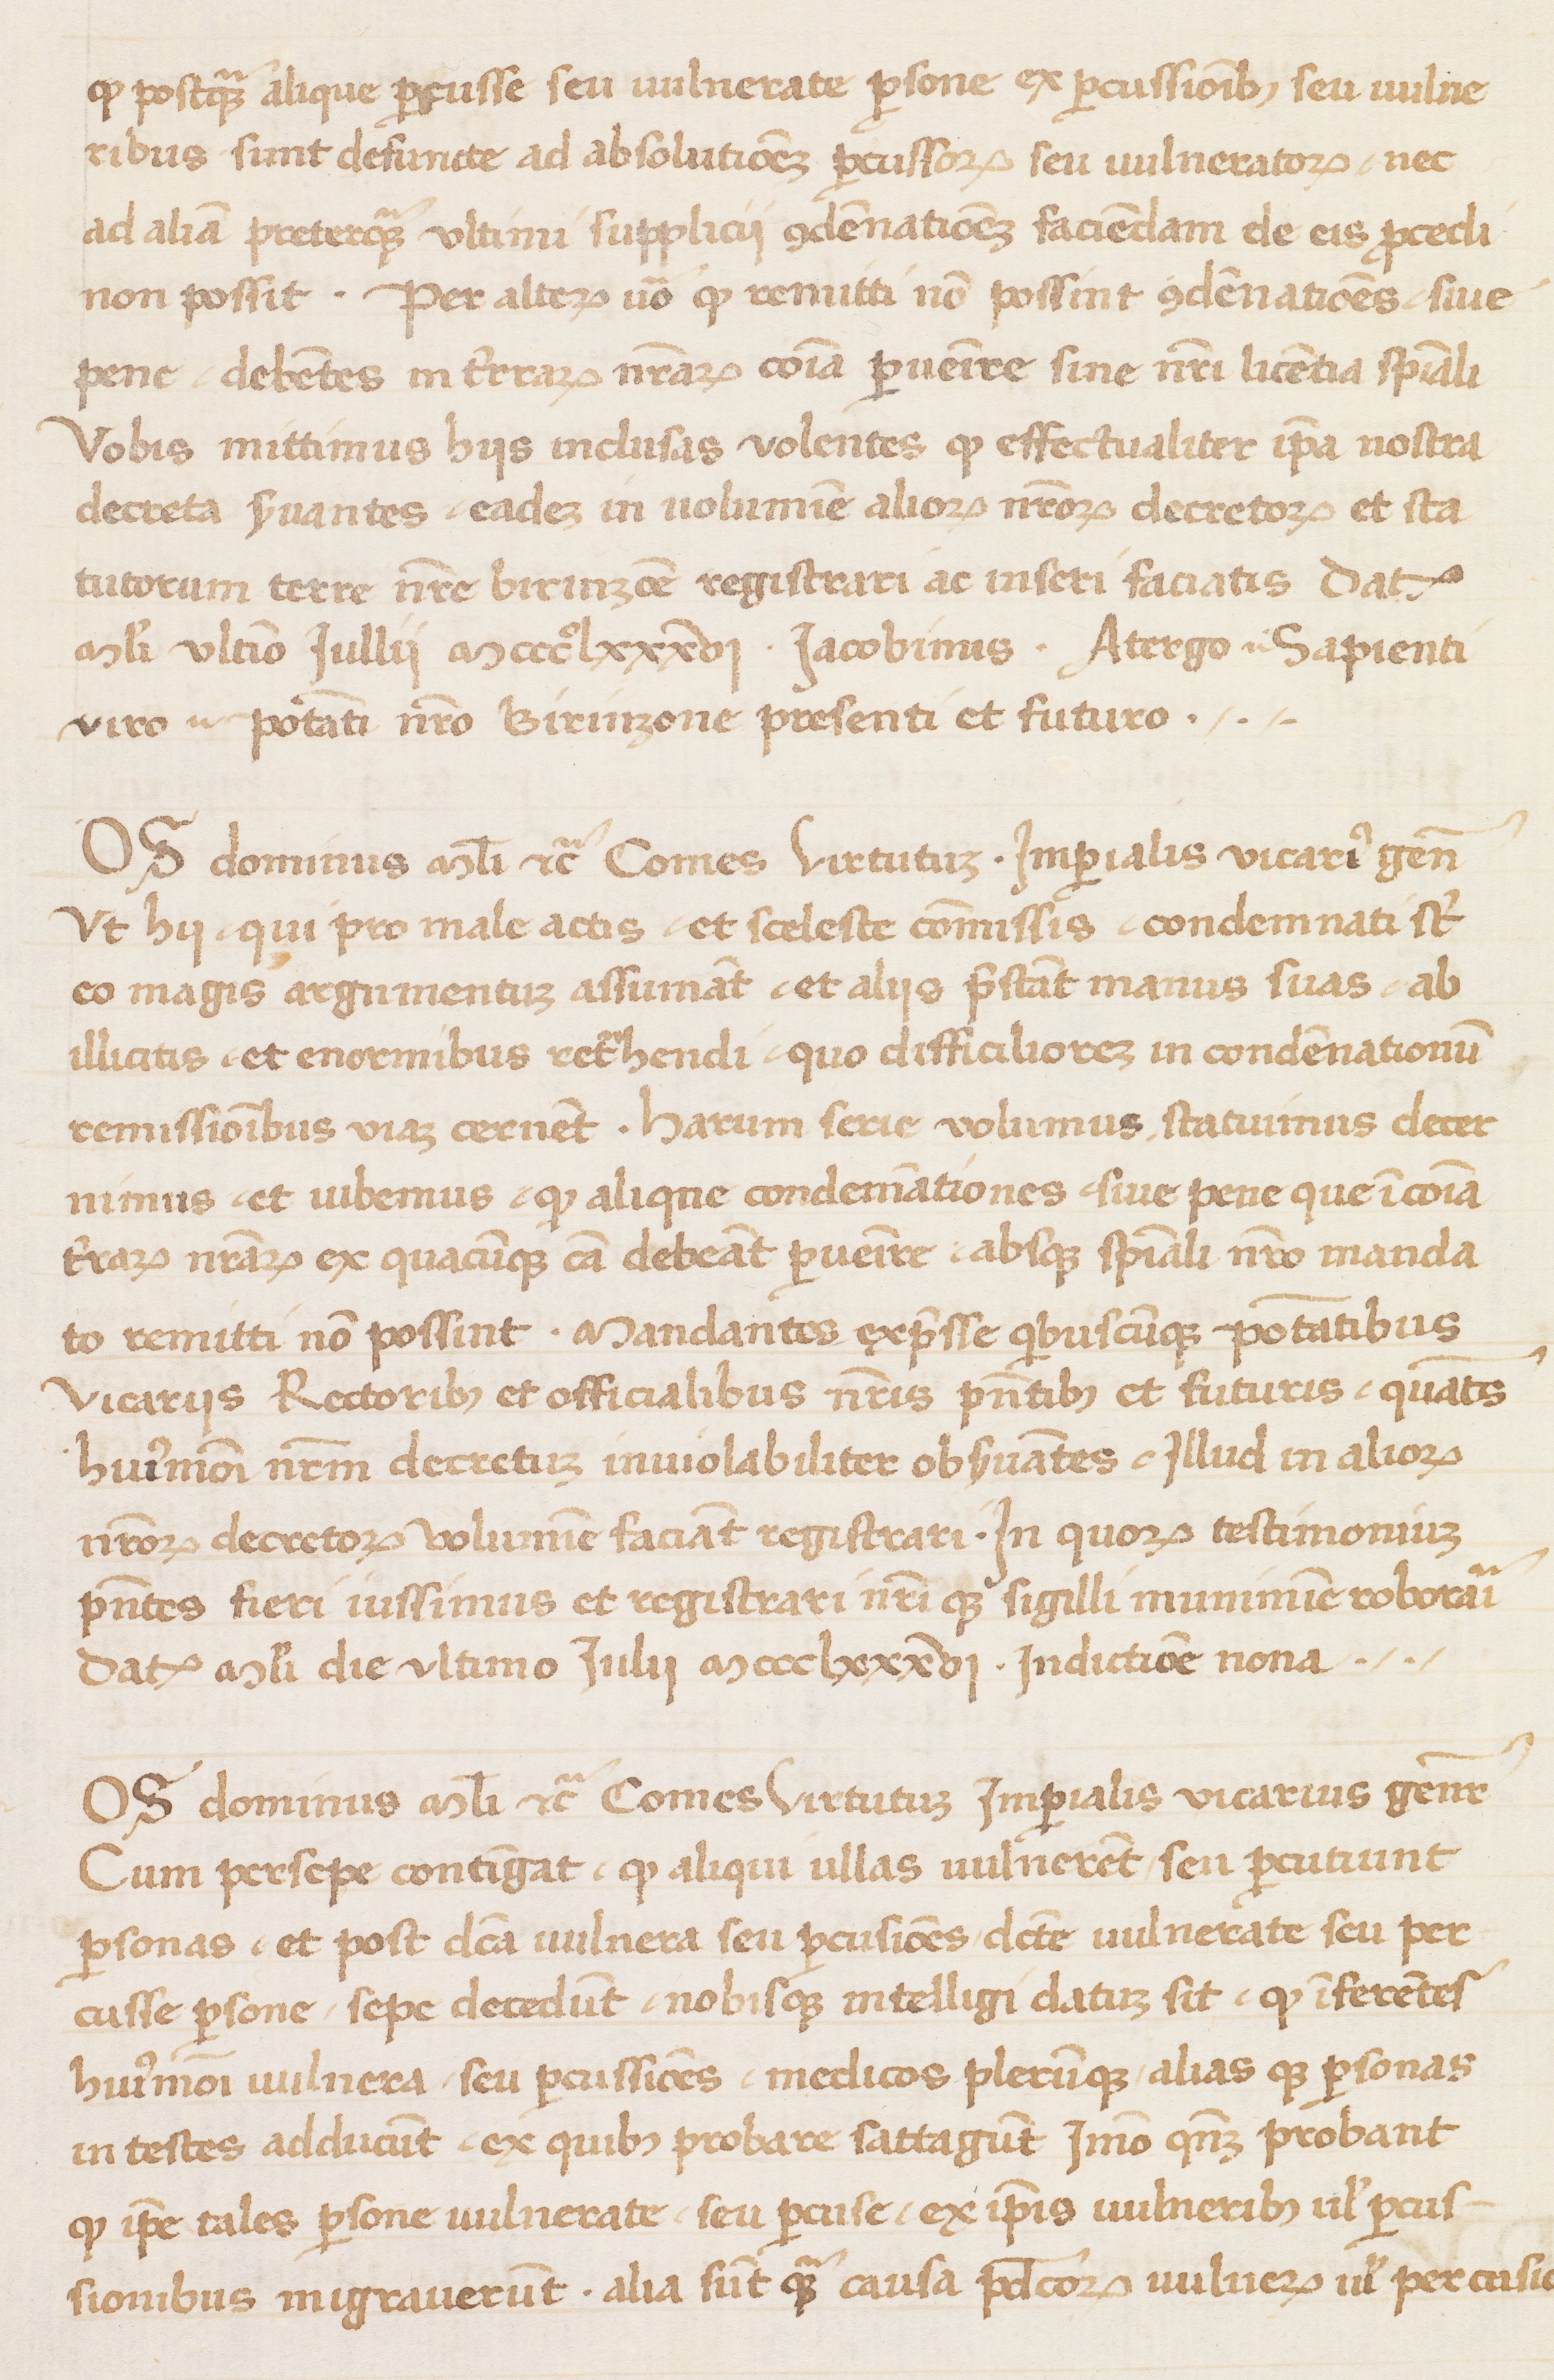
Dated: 1400–1499